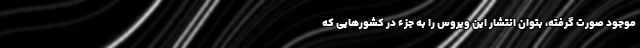
موجود صورت گرفته، بتوان انتشار این ویروس را به جزء در کشورهایی که